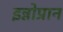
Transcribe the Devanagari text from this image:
इन्नोप्रान